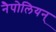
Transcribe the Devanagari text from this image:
नैपोलियन्